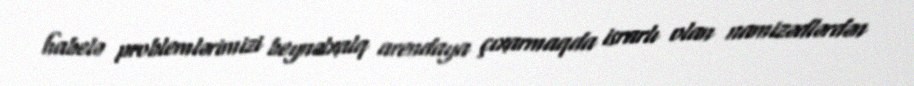
habelə problemlərimizi beynəlxalq arendaya çıxarmaqda israrlı olan namizədlərdən